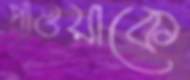
পাওয়াকে